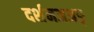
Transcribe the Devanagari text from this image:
दर्शनअअङ्